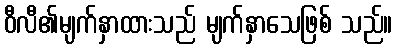
ဝီလီ၏မျက်နှာထားသည် မျက်နှာသေဖြစ် သည်။